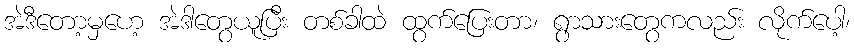
အဲဒီတော့မှဟေ့ အဲဒါတွေယူပြီး တစ်ခါထဲ ထွက်ပြေးတာ၊ ရွာသားတွေကလည်း လိုက်ပေါ့၊